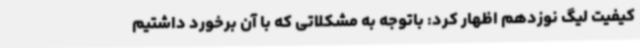
کیفیت لیگ نوزدهم اظهار کرد: باتوجه به مشکلاتی که با آن برخورد داشتیم